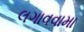
લગાવવામા